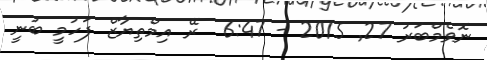
ނޮވެމްބަރު 27